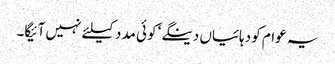
یہ عوام کو دہائیاں دینگے‘ کوئی مدد کیلئے نہیں آئیگا۔